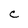
Character: C